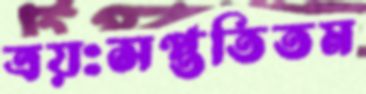
ত্রয়ঃসপ্ততিতম